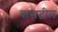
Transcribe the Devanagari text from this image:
बासटील